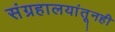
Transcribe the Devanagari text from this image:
संग्रहालयांतूनही